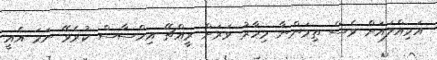
އަމިއްލައަށް ވެސް ތިމަންނާ މިހާރު ވަރަށް ރީއްޗޭ އިހްސާސް ކުރެވޭ ނަމަ އެއީ